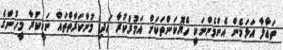
ތަޢާލާ އަޅަމެން އެންމެންނަކީ ހެޔޮކަންތަކަށް އަމުރުކުރާ އަދި މުންކަރާތްތައް ނަހީކުރާ މީހުންގެ